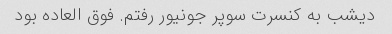
دیشب به کنسرت سوپر جونیور رفتم. فوق العاده بود